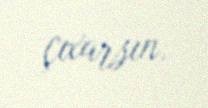
çıxarsın.